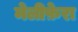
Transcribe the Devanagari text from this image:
मेलीफ़ेरा